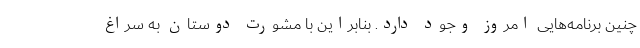
چنین برنامه‌هایی امروز وجود دارد. بنابراین با مشورت دوستان به سراغ